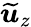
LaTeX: \widetilde{\boldsymbol{u}}_{z}